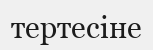
тертесіне